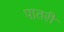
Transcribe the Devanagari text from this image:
पातरी